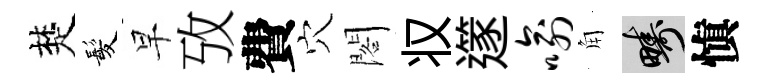
楚髪早攷費穴閣𠬧𨗹喻角疇愼